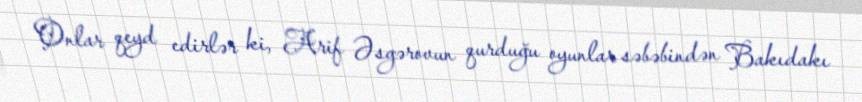
Onlar qeyd edirlər ki, Arif Əsgərovun qurduğu oyunlar səbəbindən Bakıdakı